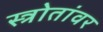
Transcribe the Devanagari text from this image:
स्त्रोतांवर